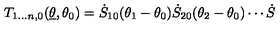
T _ { 1 \dots n , 0 } ( { \underline { { \theta } } } , \theta _ { 0 } ) = \dot { S } _ { 1 0 } ( \theta _ { 1 } - \theta _ { 0 } ) \dot { S } _ { 2 0 } ( \theta _ { 2 } - \theta _ { 0 } ) \cdots \dot { S }